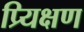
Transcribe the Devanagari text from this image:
प्र्यिक्षण